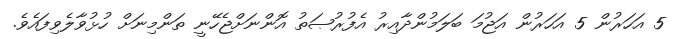
5 އަހަރުން 5 އަހަރުން އަޖުމަ ބަލަމުންދާއިރު އެފުރުޞަތު އޮންނަށްޖެހޭނީ ތަންމިނަށް ހުޅުވާލެވިފައެވެ.